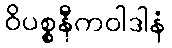
ဝိပစ္စနီကဝါဒါနံ